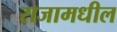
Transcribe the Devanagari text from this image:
राजामधील